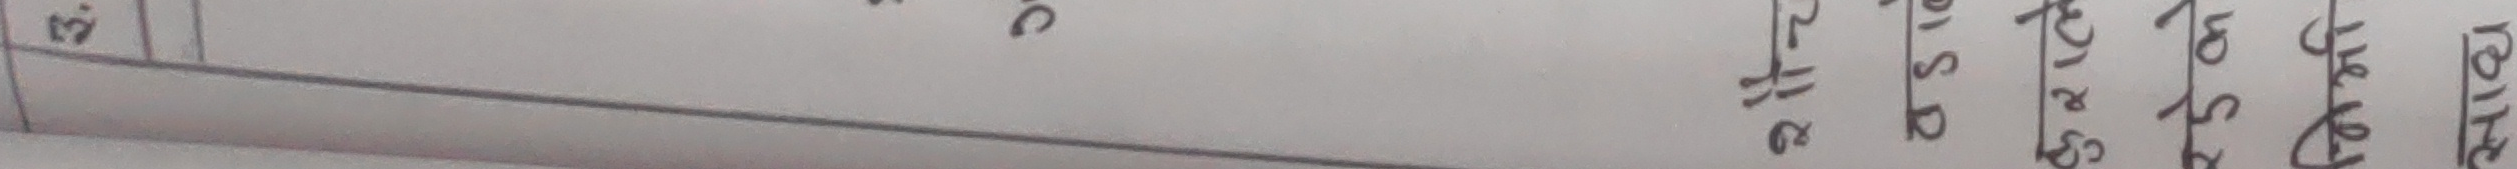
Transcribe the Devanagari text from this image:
केही विवरण